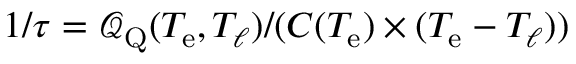
1 / \tau = \mathcal { Q } _ { \mathrm { Q } } ( T _ { \mathrm { e } } , T _ { \ell } ) / ( C ( T _ { \mathrm { e } } ) \times ( T _ { \mathrm { e } } - T _ { \ell } ) )